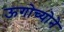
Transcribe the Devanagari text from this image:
ऊगोच्योने